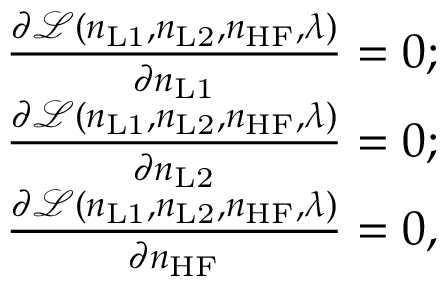
\begin{array} { r } { \frac { \partial \mathcal { L } ( n _ { \mathrm { L 1 } } , n _ { \mathrm { L 2 } } , n _ { \mathrm { H F } } , \lambda ) } { \partial n _ { \mathrm { L 1 } } } = 0 ; } \\ { \frac { \partial \mathcal { L } ( n _ { \mathrm { L 1 } } , n _ { \mathrm { L 2 } } , n _ { \mathrm { H F } } , \lambda ) } { \partial n _ { \mathrm { L 2 } } } = 0 ; } \\ { \frac { \partial \mathcal { L } ( n _ { \mathrm { L 1 } } , n _ { \mathrm { L 2 } } , n _ { \mathrm { H F } } , \lambda ) } { \partial n _ { \mathrm { H F } } } = 0 , } \end{array}